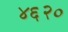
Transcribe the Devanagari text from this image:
४६२०